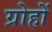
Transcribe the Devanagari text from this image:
ग्रोहों